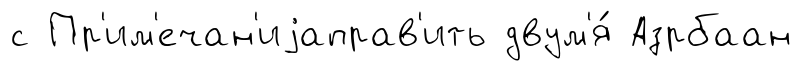
с Пр'им'ечан'иjаправ'ить двум'я́ Азрбаан